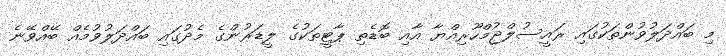
މި ބައްދަލުވުންތަކުގައި ރައީސުލްޖުމްހޫރިއްޔާ އާއި ބޮޑެތި ޕާޓީތަކުގެ ލީޑަރުންގެ މެދުގައި ބައްދަލުވުމެއް ބޭއްވޭނެ